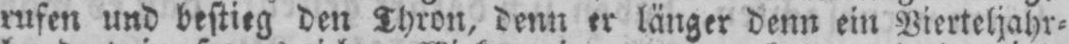
rufen und bestieg den Thron, denn er länger denn ein Vierteljahr⸗